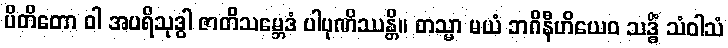
ပိတိတော ဝါ အပရိသုဒ္ဓါ ဇာတိသမ္ဘေဒံ ပါပုဏိဿန္တိ။ တသ္မာ မယံ ဘဂိနီဟိယေဝ သဒ္ဓိံ သံဝါသံ